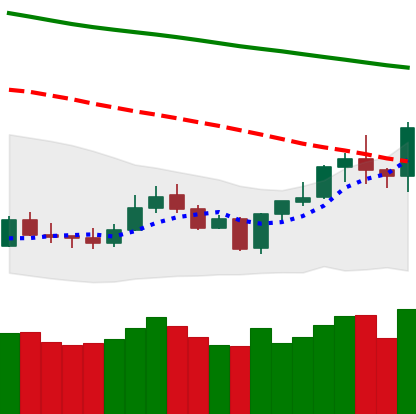
Ticker: LTC-USD
Chart end date: 2020-01-10
Forward return: 19.138%
Label: up_7plus